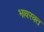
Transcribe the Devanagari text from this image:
भावरक्त